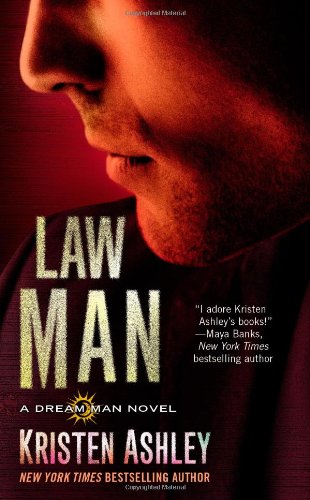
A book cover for Law Man (Dream Man); Kristen Ashley; Romance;